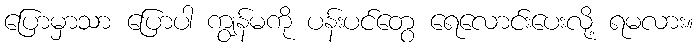
ပြောမှာသာ ပြောပါ ကျွန်မကို ပန်းပင်တွေ ရေလောင်းပေးလို့ ရမလား။